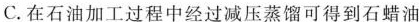
C.在石油加工过程中经过减压蒸馏可得到石蜡油